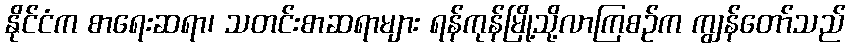
နိုင်ငံက စာရေးဆရာ၊ သတင်းစာဆရာများ ရန်ကုန်မြို့သို့လာကြစဉ်က ကျွန်တော်သည်